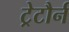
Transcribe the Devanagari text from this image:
ट्रेटौर्न